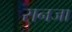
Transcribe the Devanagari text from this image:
रानजा